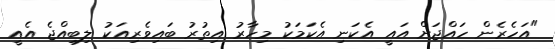
"އަހެރެން ހައްޖަށް އައީ އެކަނި އެކަމަކު މިހާރު އިތުރު ބައިވެރިއަކު ލިބިއްޖެ އެއީ